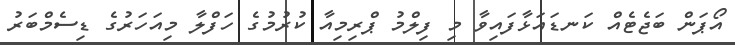
އޯޕަން ބަޖެޓެއް ކަނޑައަޅާފައިވާ މި ފިލްމު ޕްރިމިއާ ކުރުމުގެ ހަފްލާ މިއަހަރުގެ ޑިސެމްބަރު